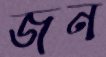
জন